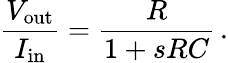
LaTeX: {\frac{V_{\mathrm{out}}}{I_{\mathrm{in}}}}={\frac{R}{1+sRC}}\, .